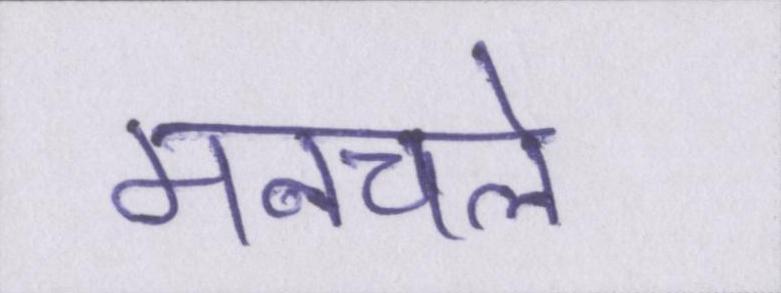
मनचले